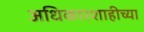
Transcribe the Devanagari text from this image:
अधिकारशाहीच्या